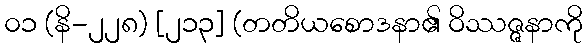
၀၁ (နိ-၂၂၈) [၂၁၃] (တတိယစောဒနာ၏ ဝိဿဇ္ဇနာကို